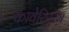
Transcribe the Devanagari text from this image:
कावेरिपुरम